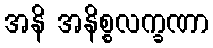
အနိ အနိစ္စလက္ခဏာ